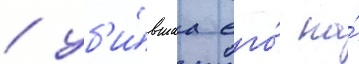
/ уб'и́вшаа его́ на́